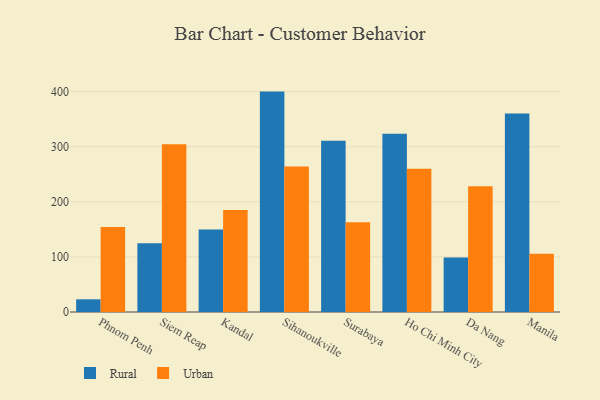
{"axis": {"x": "City", "y": "Gross Profit (USD K)"}, "legend": ["Rural", "Urban"], "data": [{"x": "Phnom Penh", "y": 23.0, "type": "Rural"}, {"x": "Phnom Penh", "y": 154.5, "type": "Urban"}, {"x": "Siem Reap", "y": 124.7, "type": "Rural"}, {"x": "Siem Reap", "y": 304.7, "type": "Urban"}, {"x": "Kandal", "y": 149.9, "type": "Rural"}, {"x": "Kandal", "y": 185.3, "type": "Urban"}, {"x": "Sihanoukville", "y": 400.1, "type": "Rural"}, {"x": "Sihanoukville", "y": 264.0, "type": "Urban"}, {"x": "Surabaya", "y": 311.1, "type": "Rural"}, {"x": "Surabaya", "y": 162.7, "type": "Urban"}, {"x": "Ho Chi Minh City", "y": 323.7, "type": "Rural"}, {"x": "Ho Chi Minh City", "y": 260.1, "type": "Urban"}, {"x": "Da Nang", "y": 99.0, "type": "Rural"}, {"x": "Da Nang", "y": 228.4, "type": "Urban"}, {"x": "Manila", "y": 360.3, "type": "Rural"}, {"x": "Manila", "y": 105.6, "type": "Urban"}]}